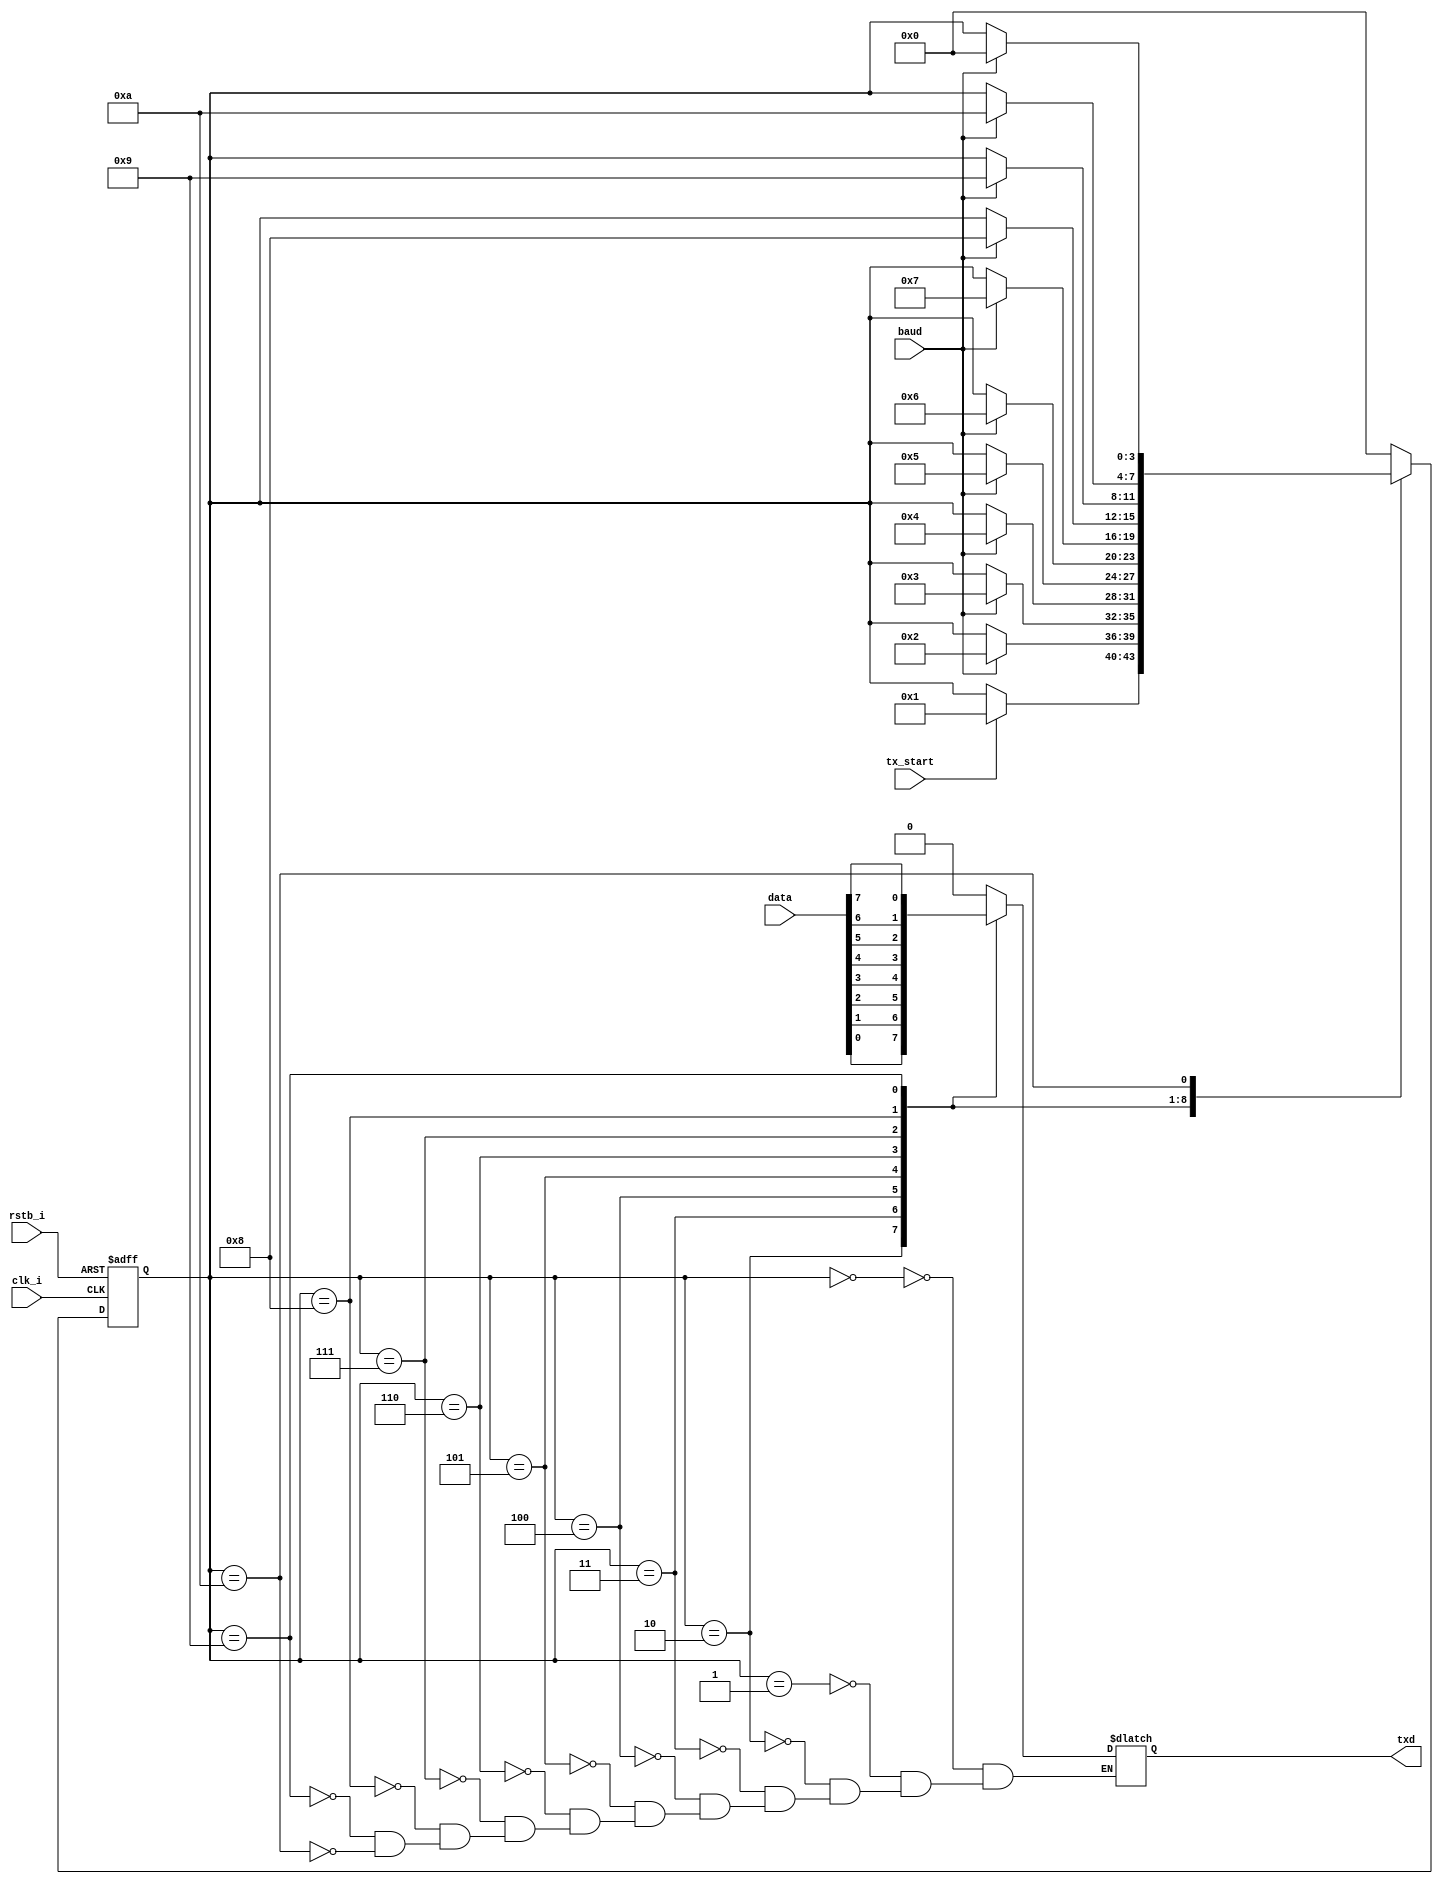
`timescale 1ns / 1ps
//////////////////////////////////////////////////////////////////////////////////
// Company: 
// Engineer: 
// 
// Design Name: 
// Module Name: FSM
// Project Name: 
// Target Devices: 
// Tool Versions: 
// Description: 
// 
// Dependencies: 
// 
// Revision:
// Revision 0.01 - File Created
// Additional Comments:
// 
//////////////////////////////////////////////////////////////////////////////////


module FSM(
        input clk_i,
        input rstb_i,
        input [7:0]data,
        input baud,
        input tx_start,
        output reg txd
    );
    
    localparam S_IDLE  = 4'b0000;
    localparam S_START = 4'b0001;
    localparam S_BIT0  = 4'b0010;
    localparam S_BIT1  = 4'b0011;
    localparam S_BIT2  = 4'b0100;
    localparam S_BIT3  = 4'b0101;
    localparam S_BIT4  = 4'b0110;
    localparam S_BIT5  = 4'b0111;
    localparam S_BIT6  = 4'b1000;
    localparam S_BIT7  = 4'b1001;
    localparam S_STOP  = 4'b1010;
    
    reg [3:0] r_state, r_next_state;
    
    always @ (posedge clk_i, negedge rstb_i ) begin : state_register
      if (!rstb_i) begin
         r_state <= S_IDLE;
      end else begin
         r_state <= r_next_state;
      end
    end
    
    always @ (tx_start,baud, r_state) begin : next_state_logic
      case (r_state)
        S_IDLE: begin
           if(tx_start) begin
              r_next_state = S_START;
           end else begin
              r_next_state = r_state;
           end
        end
        S_START: begin
           if(baud) begin
              r_next_state = S_BIT0;
           end else begin
              r_next_state = r_state;
           end
        end
        S_BIT0: begin
           if(baud) begin
              r_next_state = S_BIT1;
           end else begin
              r_next_state = r_state;
           end
        end
        S_BIT1: begin
           if(baud) begin
              r_next_state = S_BIT2;
           end else begin
              r_next_state = r_state;
           end
        end
        S_BIT2: begin
           if(baud) begin
              r_next_state = S_BIT3;
           end else begin
              r_next_state = r_state;
           end
        end
        S_BIT3: begin
           if(baud) begin
              r_next_state = S_BIT4;
           end else begin
              r_next_state = r_state;
           end
        end
        S_BIT4: begin
           if(baud) begin
              r_next_state = S_BIT5;
           end else begin
              r_next_state = r_state;
           end
        end
        S_BIT5: begin
           if(baud) begin
              r_next_state = S_BIT6;
           end else begin
              r_next_state = r_state;
           end
        end
        S_BIT6: begin
           if(baud) begin
              r_next_state = S_BIT7;
           end else begin
              r_next_state = r_state;
           end
        end
        S_BIT7: begin
           if(baud) begin
              r_next_state = S_STOP;
           end else begin
              r_next_state = r_state;
           end
        end
        S_STOP: begin
           if(baud) begin
              r_next_state = S_IDLE;
           end else begin
              r_next_state = r_state;
           end
        end
        default: begin
           r_next_state = S_IDLE;
        end
      endcase  
    end
    
    
    
    always @ (r_state) begin : output_logic
      case (r_state)
        S_IDLE: begin
           txd = 1'b0;
        end
        S_START: begin
           txd = 1'b0;
        end
        S_BIT0: begin
           txd = data[0];
        end
        S_BIT1: begin
           txd = data[1];
        end
        S_BIT2: begin
           txd = data[2];
        end
        S_BIT3: begin
           txd = data[3];
        end
        S_BIT4: begin
           txd = data[4];
        end
        S_BIT5: begin
           txd = data[5];
        end
        S_BIT6: begin
           txd = data[6];
        end
        S_BIT7: begin
           txd = data[7];
        end
        S_STOP: begin
           txd = 1'b0;
        end
      endcase  
    end
    
endmodule